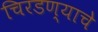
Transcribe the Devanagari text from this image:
चिरडण्‍याचे